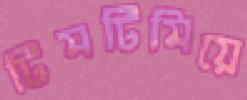
টিমটিমিয়ে